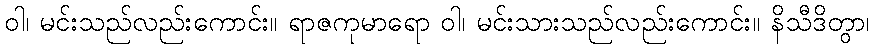
ဝါ၊ မင်းသည်လည်းကောင်း။ ရာဇကုမာရော ဝါ၊ မင်းသားသည်လည်းကောင်း။ နိသီဒိတွာ၊